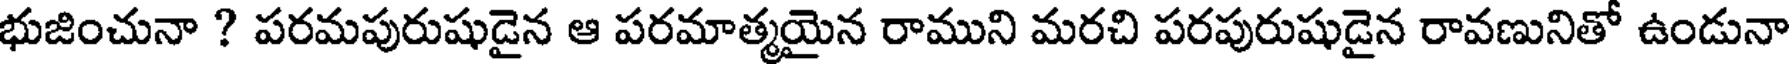
భుజించునా ? పరమపురుషుడైన ఆ పరమాత్మయైన రాముని మరచి పరపురుషుడైన రావణునితో ఉండునా